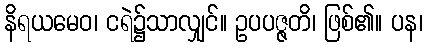
နိရယမေဝ၊ ငရဲ၌သာလျှင်။ ဥပပဇ္ဇတိ၊ ဖြစ်၏။ ပန၊